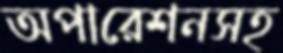
অপারেশনসহ